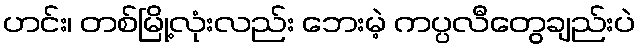
ဟင်း၊ တစ်မြို့လုံးလည်း ဘေးမဲ့ ကပ္ပလီတွေချည်းပဲ